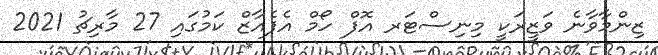
ޒިންމާވާނެ ވަޒީރަކީ މިނިސްޓަރ އޮފް ހޯމް އެފެއާޒް ކަމުގައި 27 މާރިޗު 2021